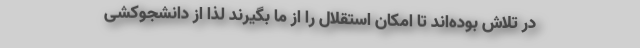
در تلاش بوده‌اند تا امکان استقلال را از ما بگیرند لذا از دانشجوکشی